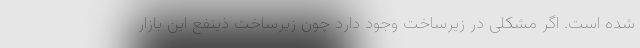
شده است. اگر مشکلی در زیرساخت وجود دارد چون زیرساخت ذینفع این بازار